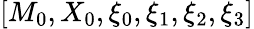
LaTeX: [M_{0},X_{0},\xi_{0},\xi_{1},\xi_{2},\xi_{3}]